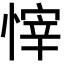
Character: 𢟓